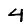
Digit: 4